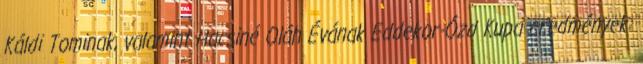
Káldi Tominak, valamint Hacsiné Oláh Évának Eddekor-Ózd Kupa eredmények: